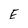
Character: E